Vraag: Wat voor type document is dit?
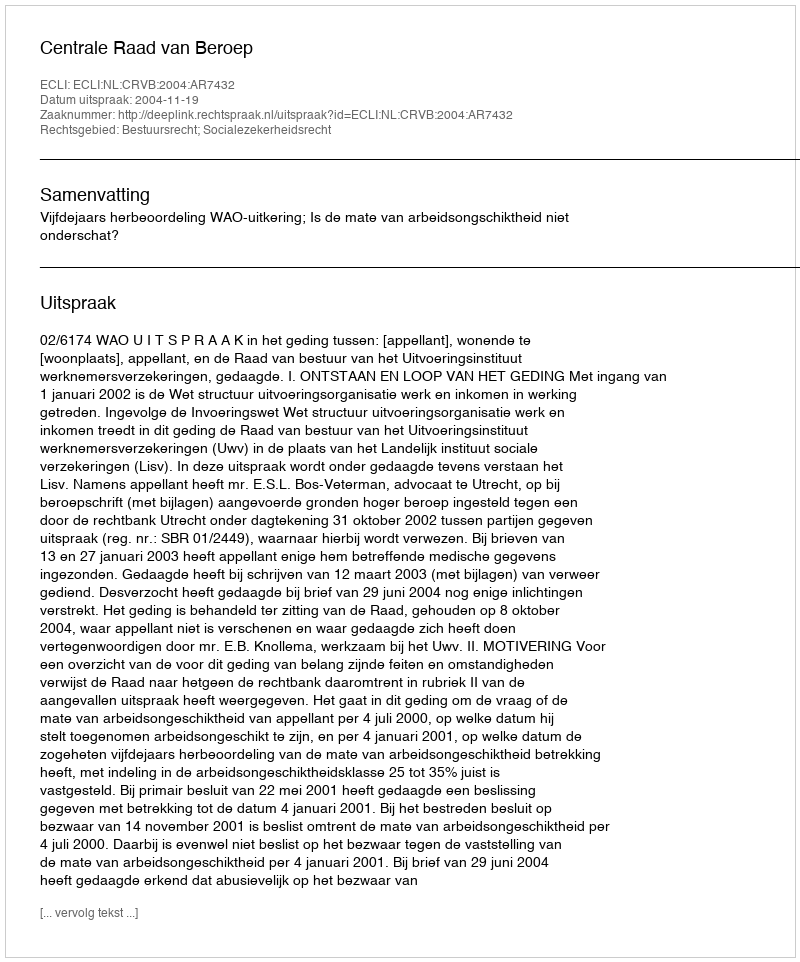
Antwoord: Uitspraak